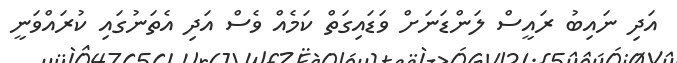
އަދި ނައިބު ރައީސް ލަންޑަނަށް ވަޑައިގަތް ކަމެއް ވެސް އަދި އެތަނުގައި ކުރައްވަނީ